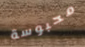
محبوسة